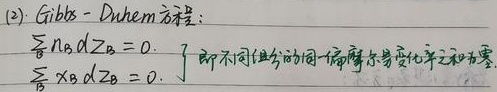
(2) Gibbs - Duhem方程：
\[
\sum_{B}n_{B}dZ_{B}=0.\quad\left.\begin{array}{l}\sum_{B}x_{B}dZ_{B}=0.\end{array}\right\}
\]
即不同组分的偏 - 偏摩尔量变化率之和为零.